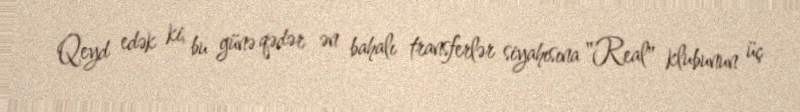
Qeyd edək ki, bu günə qədər ən bahalı transferlər siyahısına "Real" klubunun üç